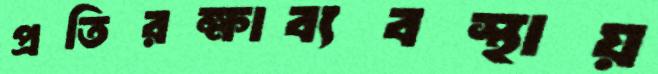
প্রতিরক্ষাব্যবস্থায়